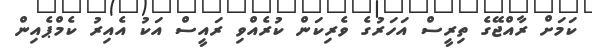
ކަމަށް ރާއްޖޭގެ ތިރީސް އަހަރުގެ ވެރިކަން ކުރެއްވި ރައީސް އަކު އެއިރު ކެމްޕެއިން